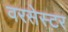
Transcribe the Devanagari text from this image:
वरसेस्टर